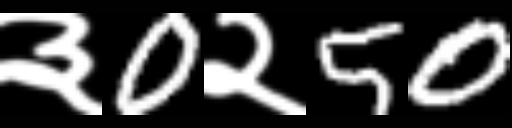
Text: ३0२50